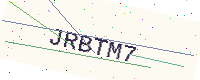
Text: JRBTM7